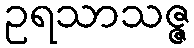
ဥရသာသဇ္ဇ